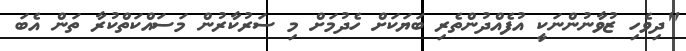
"ދިވެހި ޒުވާނުންނަކީ އުފެއްދުންތެރި ބަޔަކަށް ހެދުމަށް މި ސަރުކާރުން މަސައްކަތްކުރާ ތަން އެބަ